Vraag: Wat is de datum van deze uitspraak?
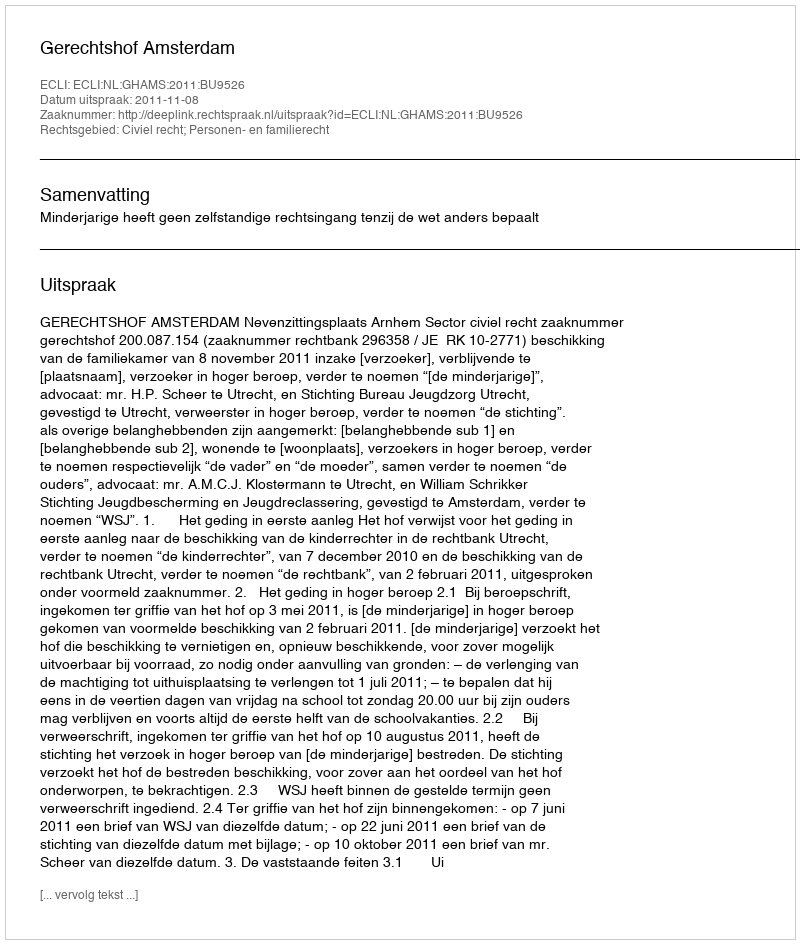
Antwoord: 2011-11-08